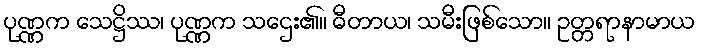
ပုဏ္ဏက သေဋ္ဌိဿ၊ ပုဏ္ဏက သဌေး၏။ ဓီတာယ၊ သမီးဖြစ်သော။ ဥတ္တရာနာမာယ